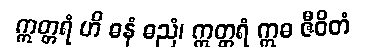
ဣတ္တရံ ဟိ ဓနံ ဓညံ၊ ဣတ္တရံ ဣဓ ဇီဝိတံ